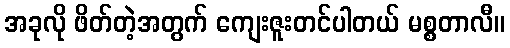
အခုလို ဖိတ်တဲ့အတွက် ကျေးဇူးတင်ပါတယ် မစ္စတာလီ။